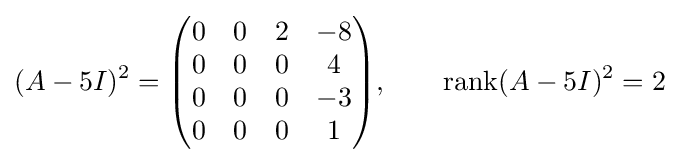
(A-5I)^{2}={\begin{pmatrix}0&0&2&-8\\0&0&0&4\\0&0&0&-3\\0&0&0&1\end{pmatrix}},\qquad \operatorname {rank} (A-5I)^{2}=2